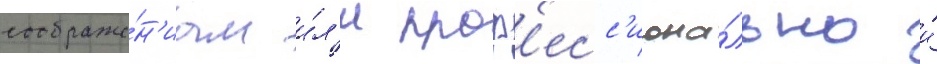
соображе́н'иам и́л'и проф'есс'иона́льно и́